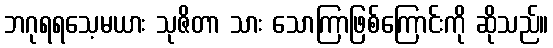
ဘဂုရရသေ့မယား သုဇိတာ သား သောကြာဖြစ်ကြောင်းကို ဆိုသည်။